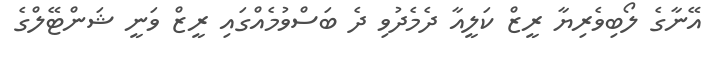
އޭނާގެ ލޯބިވެރިޔާ ރީޒް ކަލީއާ ދެމެދުވި ދެ ބަސްވުމެއްގައި ރީޒް ވަނީ ޝަންޓޭލްގެ